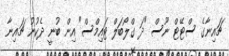
ޗައިނާގެ ސްޓޭޓް ނޫސް "ދަ ގްލޯބަލް ޓައިމްސް" އިން ބުނީ ދެކުނު ޗައިނާ